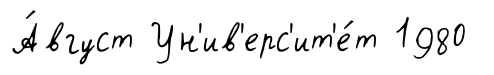
А́вгуст Ун'ив'ерс'ит'е́т 1980